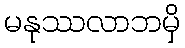
မနုဿလာဘမှိ